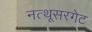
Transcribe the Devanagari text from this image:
नत्थूसरगेट